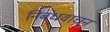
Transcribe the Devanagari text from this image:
निबंधवाचन